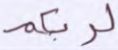
لربكم